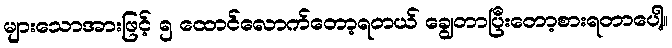
များသောအားဖြင့် ၅ ထောင်လောက်တော့ရတယ် ချွေတာပြီးတော့စားရတာပေါ့။